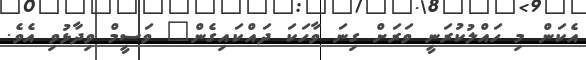
އެކަން މި ހައްލުކުރަނީ ވަރަށް ގިނަ ވާހަކަ ދައްކައިގެން" ވަސީމް ވިދާޅުވި އެވެ.